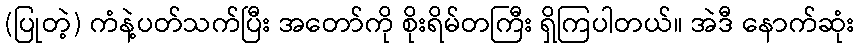
(ပြုတဲ့) ကံနဲ့ပတ်သက်ပြီး အတော်ကို စိုးရိမ်တကြီး ရှိကြပါတယ်။ အဲဒီ နောက်ဆုံး